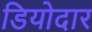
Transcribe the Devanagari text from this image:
डियोदार